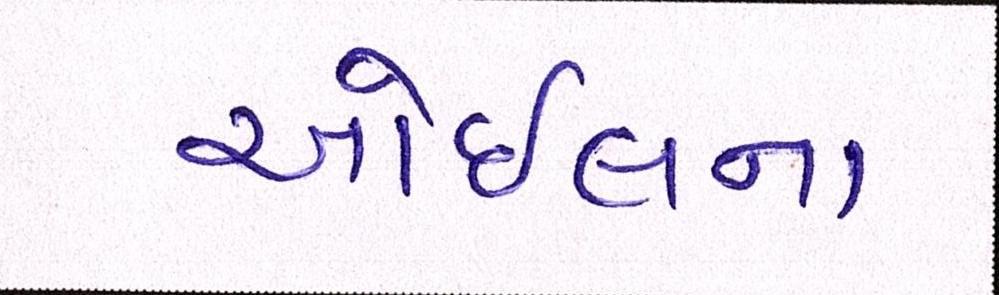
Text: ઓઇલના